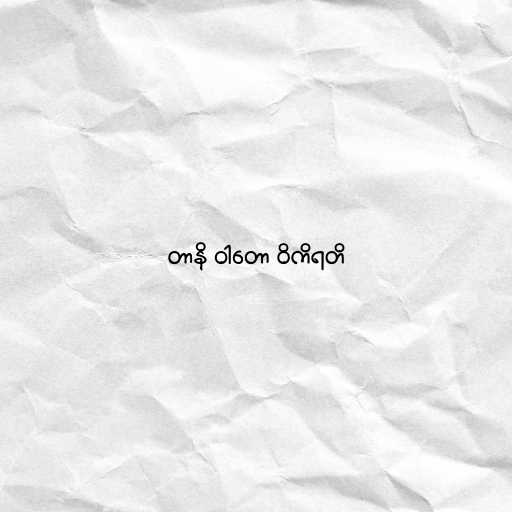
တာနိ ဝါတော ဝိကိရတိ